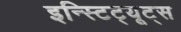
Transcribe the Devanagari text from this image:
इन्स्टिट्यूट्‌स